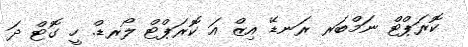
ކޮރަޕްޓް ނަމްބަރ ރަނޑޭ އިޒް އަ ކޮރަޕްޓް ލޯރޑް. ހީ ގޮޓް ދަ